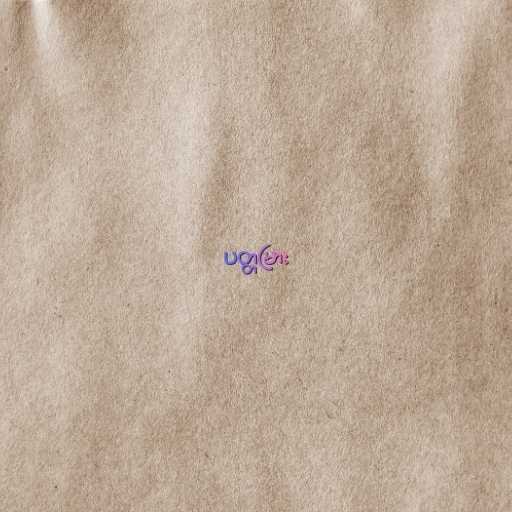
ပတ္တမြား